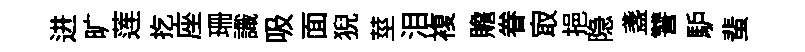
进旷莲扢座珊識吸面猊莖泪複贍眷㝡挹隐盞讐馿蜚